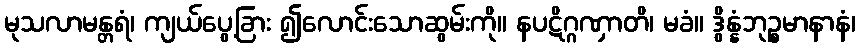
မုသလာမန္တရံ၊ ကျယ်ပွေ့ခြား ၍လောင်းသောဆွမ်းကို။ နပဋိဂ္ဂဏှာတိ၊ မခံ။ ဒွိန္နံဘုဉ္စမာနာနံ၊